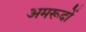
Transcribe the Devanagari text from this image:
अमरूदों